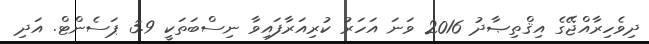
ދިވެހިރާއްޖޭގެ އިޤްތިޞާދު 2016 ވަނަ އަހަރު ކުރިއަރާފައިވާ ނިސްބަތަކީ 3.9 ޕަސެންޓް. އަދި